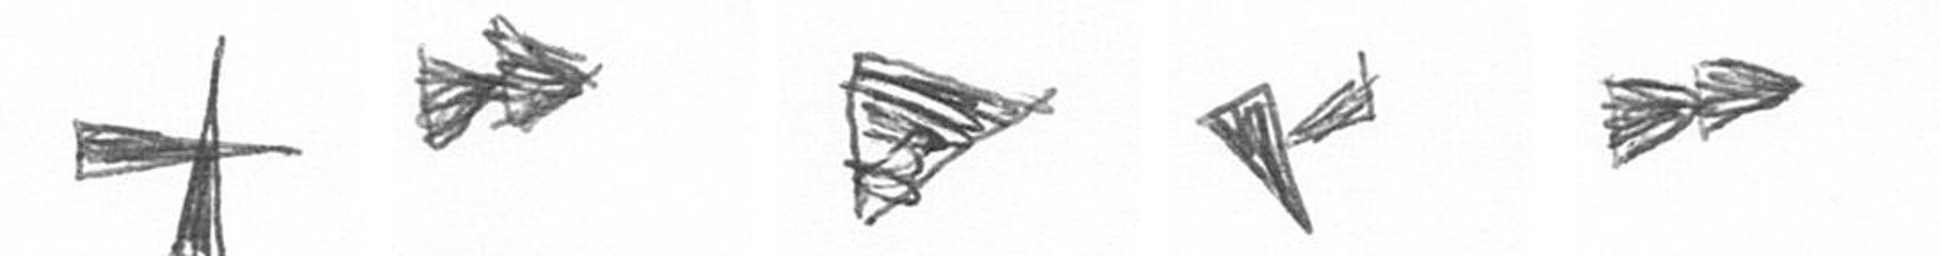
G A T F A